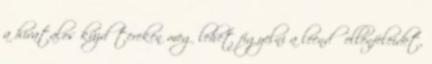
a hivatalos küzdőtereken meg lehet figyelni a leendő ellenfeleidet,